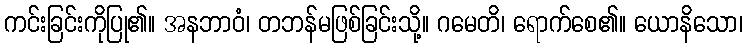
ကင်းခြင်းကိုပြု၏။ အနဘာဝံ၊ တဘန်မဖြစ်ခြင်းသို့။ ဂမေတိ၊ ရောက်စေ၏။ ယောနိသော၊